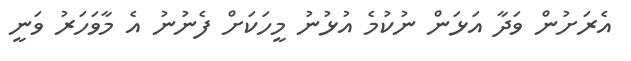
އެރަށުން ވަދާ އަޅަން ނުކުމެ އުޅުނު މީހަކަށް ފެނުނު އެ މާވަހަރު ވަނީ